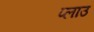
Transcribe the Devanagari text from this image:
प्लाउ